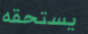
يستحقه